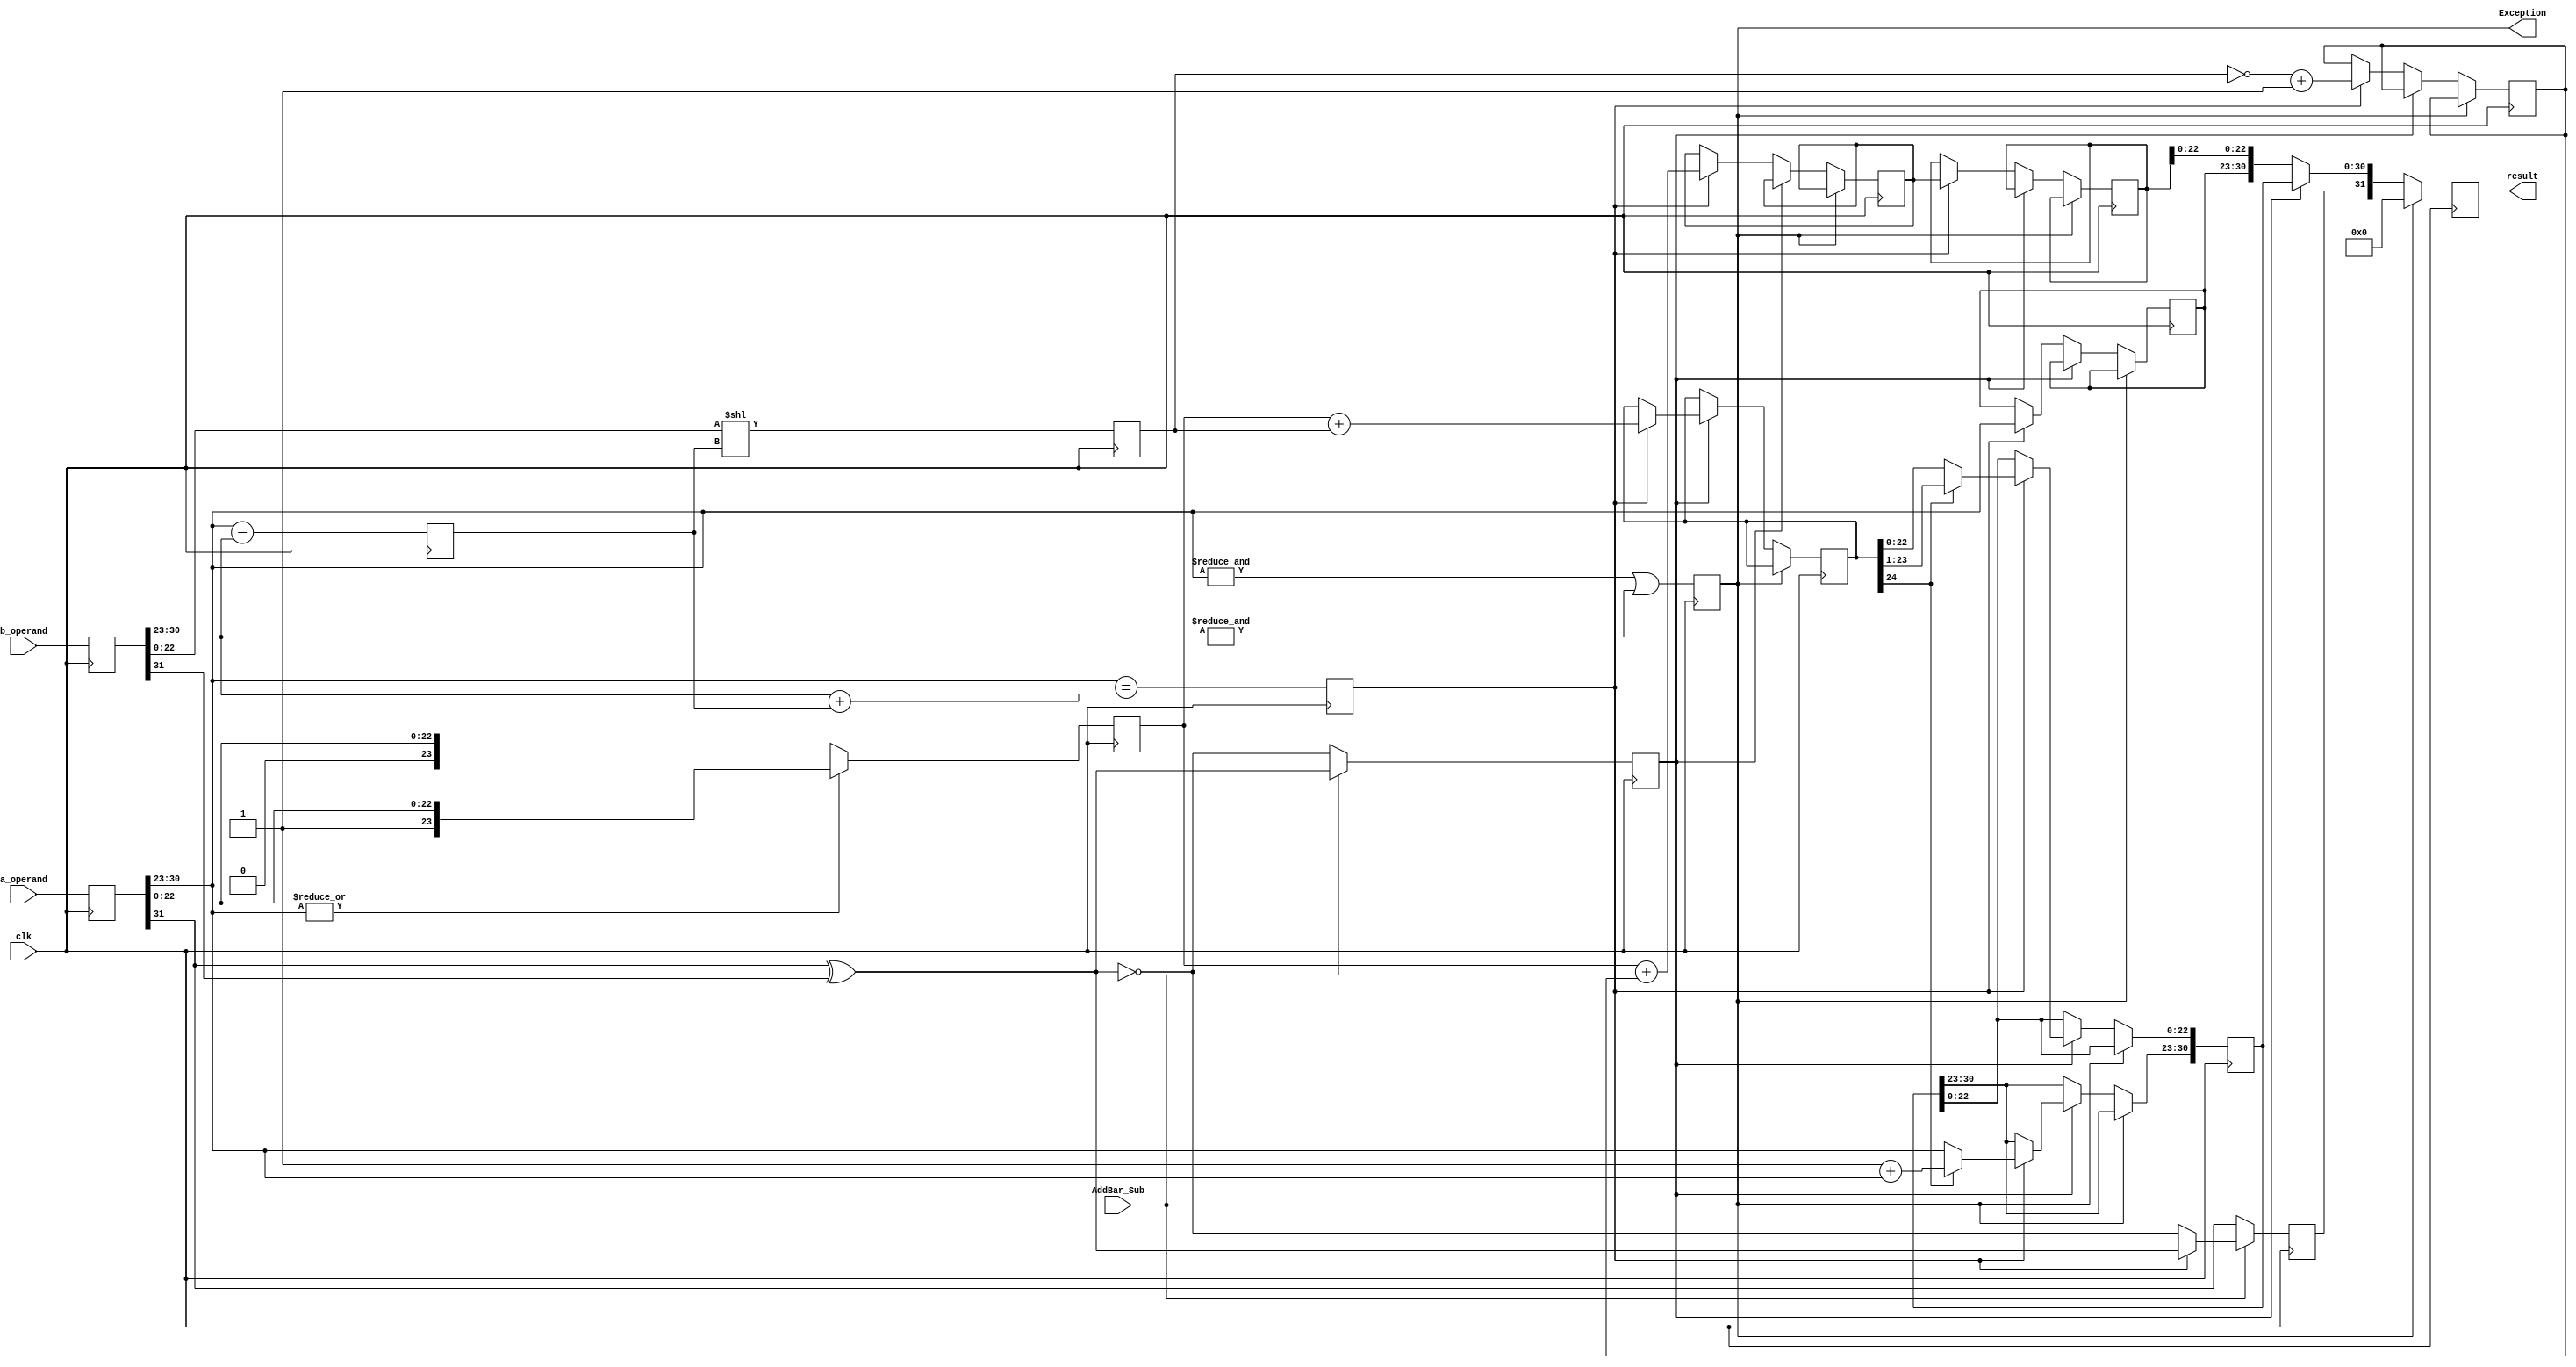
module Addition_Subtraction (
    input wire clk,
    input wire [31:0] a_operand,
    input wire [31:0] b_operand,
    input wire AddBar_Sub,
    output reg Exception,
    output reg [31:0] result
);

reg [31:0] operand_a_reg, operand_b_reg;
reg [7:0] exponent_diff_reg;
reg perform_reg;
reg [23:0] significand_b_add_sub_reg;
reg [7:0] exponent_b_add_sub_reg;
reg [24:0] significand_add_reg;
reg [30:0] add_sum_reg;
reg [24:0] significand_sub_complement_reg;
reg [24:0] significand_sub_reg;
reg [30:0] sub_diff_reg;
reg [24:0] subtraction_diff_reg;
reg [7:0] exponent_sub_reg;
reg output_sign_reg;
reg operation_sub_addBar_reg;
reg [23:0] significand_a_reg, significand_b_reg;

always @(posedge clk) begin
    operand_a_reg <= a_operand;
    operand_b_reg <= b_operand;
    exponent_diff_reg <= operand_a_reg[30:23] - operand_b_reg[30:23];
    perform_reg <= (operand_a_reg[30:23] == (operand_b_reg[30:23] + exponent_diff_reg));
    significand_b_add_sub_reg <= operand_b_reg[22:0] << exponent_diff_reg;
    exponent_b_add_sub_reg <= operand_b_reg[30:23] + exponent_diff_reg;
    significand_a_reg <= (|operand_a_reg[30:23]) ? {1'b1,operand_a_reg[22:0]} : {1'b0,operand_a_reg[22:0]};
    significand_b_reg <= (|operand_b_reg[30:23]) ? {1'b1,operand_b_reg[22:0]} : {1'b0,operand_b_reg[22:0]};
    output_sign_reg <= AddBar_Sub ? (perform_reg ? operand_a_reg[31] ^ operand_b_reg[31] : ~(operand_a_reg[31] ^ operand_b_reg[31])) : operand_a_reg[31];
    operation_sub_addBar_reg <= AddBar_Sub ? operand_a_reg[31] ^ operand_b_reg[31] : ~(operand_a_reg[31] ^ operand_b_reg[31]);
end

always @(posedge clk) begin
    if (Exception) begin
        result <= 32'b0;
    end else begin
        if (!operation_sub_addBar_reg) begin // Subtraction
            if (perform_reg) begin
                significand_sub_complement_reg <= ~(significand_b_add_sub_reg) + 25'd1;
                significand_sub_reg <= significand_a_reg + significand_sub_complement_reg;
                subtraction_diff_reg <= significand_sub_reg[24:0];
                exponent_sub_reg <= operand_a_reg[30:23];
            end
            result <= {output_sign_reg, {exponent_sub_reg, subtraction_diff_reg[22:0]}};
        end else begin // Addition
            if (perform_reg) begin
                significand_add_reg <= significand_a_reg + significand_b_add_sub_reg;
                add_sum_reg <= significand_add_reg[24] ? significand_add_reg[23:1] : significand_add_reg[22:0];
                add_sum_reg[30:23] <= significand_add_reg[24] ? (1'b1 + operand_a_reg[30:23]) : operand_a_reg[30:23];
            end
            result <= {output_sign_reg, add_sum_reg};
        end
    end
end

always @(posedge clk) begin
    Exception <= (&operand_a_reg[30:23]) | (&operand_b_reg[30:23]);
end

endmodule